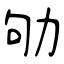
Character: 劬